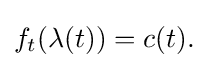
\displaystyle {f_{t}(\lambda (t))=c(t).}